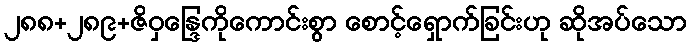
၂၈၈+၂၈၉+ဇိဝှန္ဒြေကိုကောင်းစွာ စောင့်ရှောက်ခြင်းဟု ဆိုအပ်သော